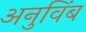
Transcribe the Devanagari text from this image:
अनुविंब